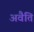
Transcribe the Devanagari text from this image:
अवैति